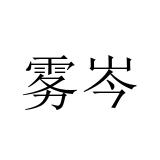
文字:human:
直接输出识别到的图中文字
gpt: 雾岑